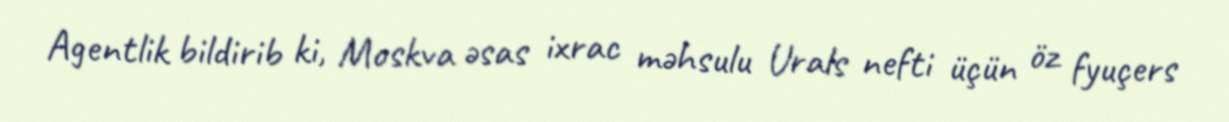
Agentlik bildirib ki, Moskva əsas ixrac məhsulu Urals nefti üçün öz fyuçers